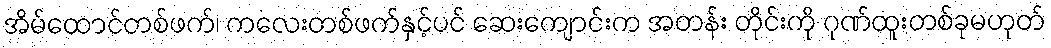
အိမ်ထောင်တစ်ဖက်၊ ကလေးတစ်ဖက်နှင့်ပင် ဆေးကျောင်းက အတန်း တိုင်းကို ဂုဏ်ထူးတစ်ခုမဟုတ်